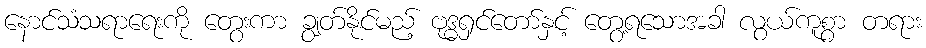
နောင်သံသရာရေးကို တွေးကာ ချွတ်နိုင်မည့် ဗုဒ္ဓရှင်တော်နှင့် တွေ့ရသောအခါ လွယ်ကူစွာ တရား